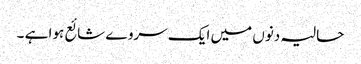
حالیہ دنوں میں ایک سروے شائع ہوا ہے ۔